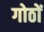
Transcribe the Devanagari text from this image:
गोठों